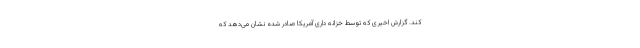
کند. گزارش اخیری که توسط خزانه داری آمریکا صادر شده نشان می‌دهد که